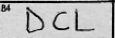
Transcription: DCL